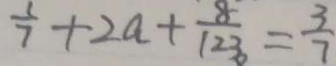
\frac { 1 } { 7 } + 2 a + \frac { 8 } { 1 2 3 } = \frac { 3 } { 7 }